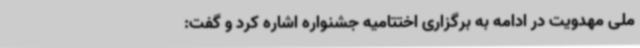
ملی مهدویت در ادامه به برگزاری اختتامیه جشنواره اشاره کرد و گفت: